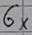
Text: 6×